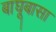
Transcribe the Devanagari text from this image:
बाघूबासा